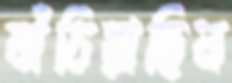
বাঁচিয়াছিল